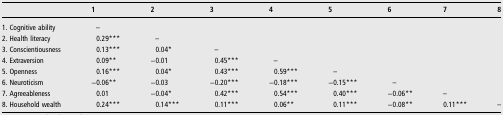
<table><thead><tr><td></td><td><b>1</b></td><td><b>2</b></td><td><b>3</b></td><td><b>4</b></td><td><b>5</b></td><td><b>6</b></td><td><b>7</b></td><td><b>8</b></td></tr></thead><tbody><tr><td>1. Cognitive ability</td><td>–</td><td></td><td></td><td></td><td></td><td></td><td></td><td></td></tr><tr><td>2. Health literacy</td><td>0.29***</td><td>–</td><td></td><td></td><td></td><td></td><td></td><td></td></tr><tr><td>3. Conscientiousness</td><td>0.13***</td><td>0.04*</td><td>–</td><td></td><td></td><td></td><td></td><td></td></tr><tr><td>4. Extraversion</td><td>0.09**</td><td>−0.01</td><td>0.45***</td><td>–</td><td></td><td></td><td></td><td></td></tr><tr><td>5. Openness</td><td>0.16***</td><td>0.04*</td><td>0.43***</td><td>0.59***</td><td>–</td><td></td><td></td><td></td></tr><tr><td>6. Neuroticism</td><td>−0.06**</td><td>−0.03</td><td>−0.20***</td><td>−0.18***</td><td>−0.15***</td><td>–</td><td></td><td></td></tr><tr><td>7. Agreeableness</td><td>0.01</td><td>−0.04*</td><td>0.42***</td><td>0.54***</td><td>0.40***</td><td>−0.06**</td><td>–</td><td></td></tr><tr><td>8. Household wealth</td><td>0.24***</td><td>0.14***</td><td>0.11***</td><td>0.06**</td><td>0.11***</td><td>−0.08**</td><td>0.11***</td><td>–</td></tr></tbody></table>